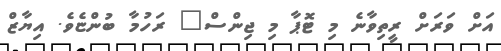
އަށް ވަރަށް ރީތިވާނެ މި ޓޮޕާ މި ޖިންސް" ރަހުމާ ބުންޏެވެ. އިޔާޒް